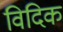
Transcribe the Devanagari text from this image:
विदिक